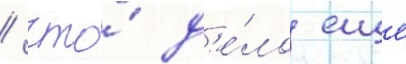
/ что́ д'е́ло еще